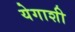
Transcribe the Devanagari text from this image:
येगाशी